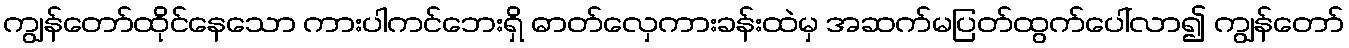
ကျွန်တော်ထိုင်နေသော ကားပါကင်ဘေးရှိ ဓာတ်လှေကားခန်းထဲမှ အဆက်မပြတ်ထွက်ပေါ်လာ၍ ကျွန်တော်